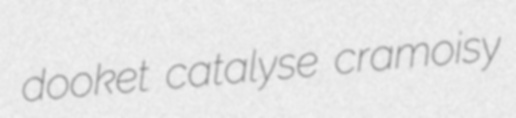
dooket catalyse cramoisy